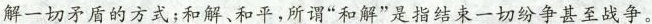
解一切矛盾的方式；和解、和平，所谓”和解”是指结束一切纷争甚至战争。